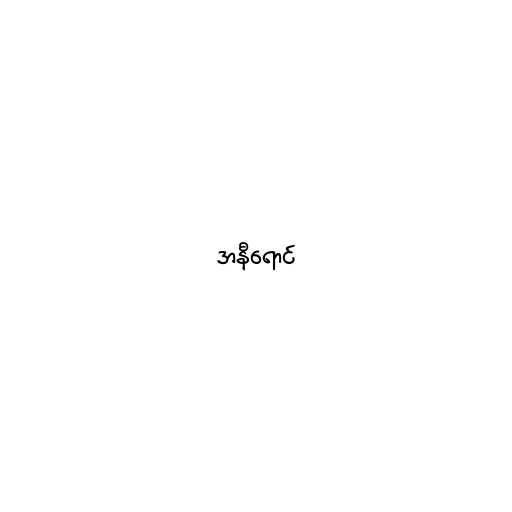
အနီရောင်